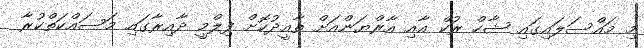
މި މައްސަލައިގައި ޝާހް ރުކް އާއި އާރްޔަންއަށް ތާއީދުކޮށް ފިލްމީ ދާއިރާގައި މަސައްކަތްކުރާ